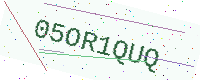
Text: 05OR1QUQ